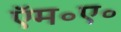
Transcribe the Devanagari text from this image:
ऍम॰ए॰